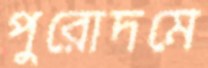
পুরোদমে